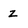
Character: z